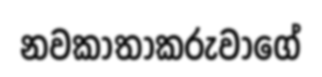
නවකාතාකරුවාගේ